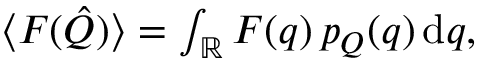
\begin{array} { r } { \langle F ( \hat { Q } ) \rangle = \int _ { \mathbb { R } } F ( q ) \, p _ { Q } ( q ) \, \mathrm { d } q , } \end{array}